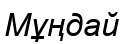
Мұңдай